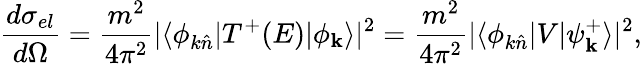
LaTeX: \frac{d\sigma_{el}}{d\Omega}=\frac{m^{2}}{4\pi^{2}}|\langle{\phi_{k\hat{n}}}|T^{+}(E)|\phi_{\mathbf{k}}\rangle|^{2}=\frac{m^{2}}{4\pi^{2}}|\langle{\phi_{k\hat{n}}}|V|{\psi_{\mathbf{k}}^{+}}\rangle|^{2},